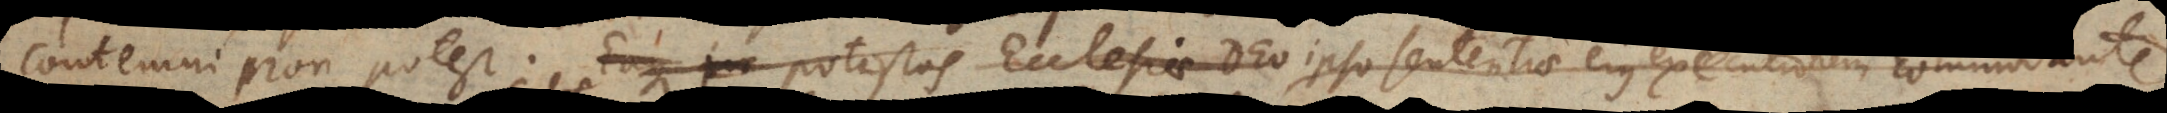
contemni non potest. Eaque potestas Ecclesiae Deo ipso sententiae ejus executionem commodant